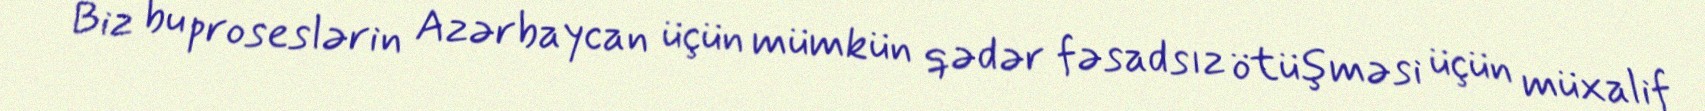
Biz bu proseslərin Azərbaycan üçün mümkün qədər fəsadsız ötüşməsi üçün müxalif